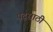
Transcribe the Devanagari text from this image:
पदसाठी